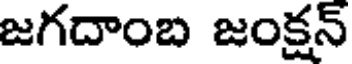
జగదాంబ జంక్షన్